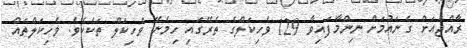
ރާއްޖެއަށް ގެނައުމަށް ނިންމާފައިވާ 129 ވެހިކަލްގެ ތެރޭގައި ހިމެނޭ ވެހިކަލް ތަކެކެވެ. ވެހިކަލްތައް